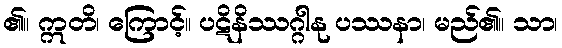
၏။ ဣတိ၊ ကြောင့်။ ပဋိနိဿဂ္ဂါနု ပဿနာ၊ မည်၏။ သာ၊